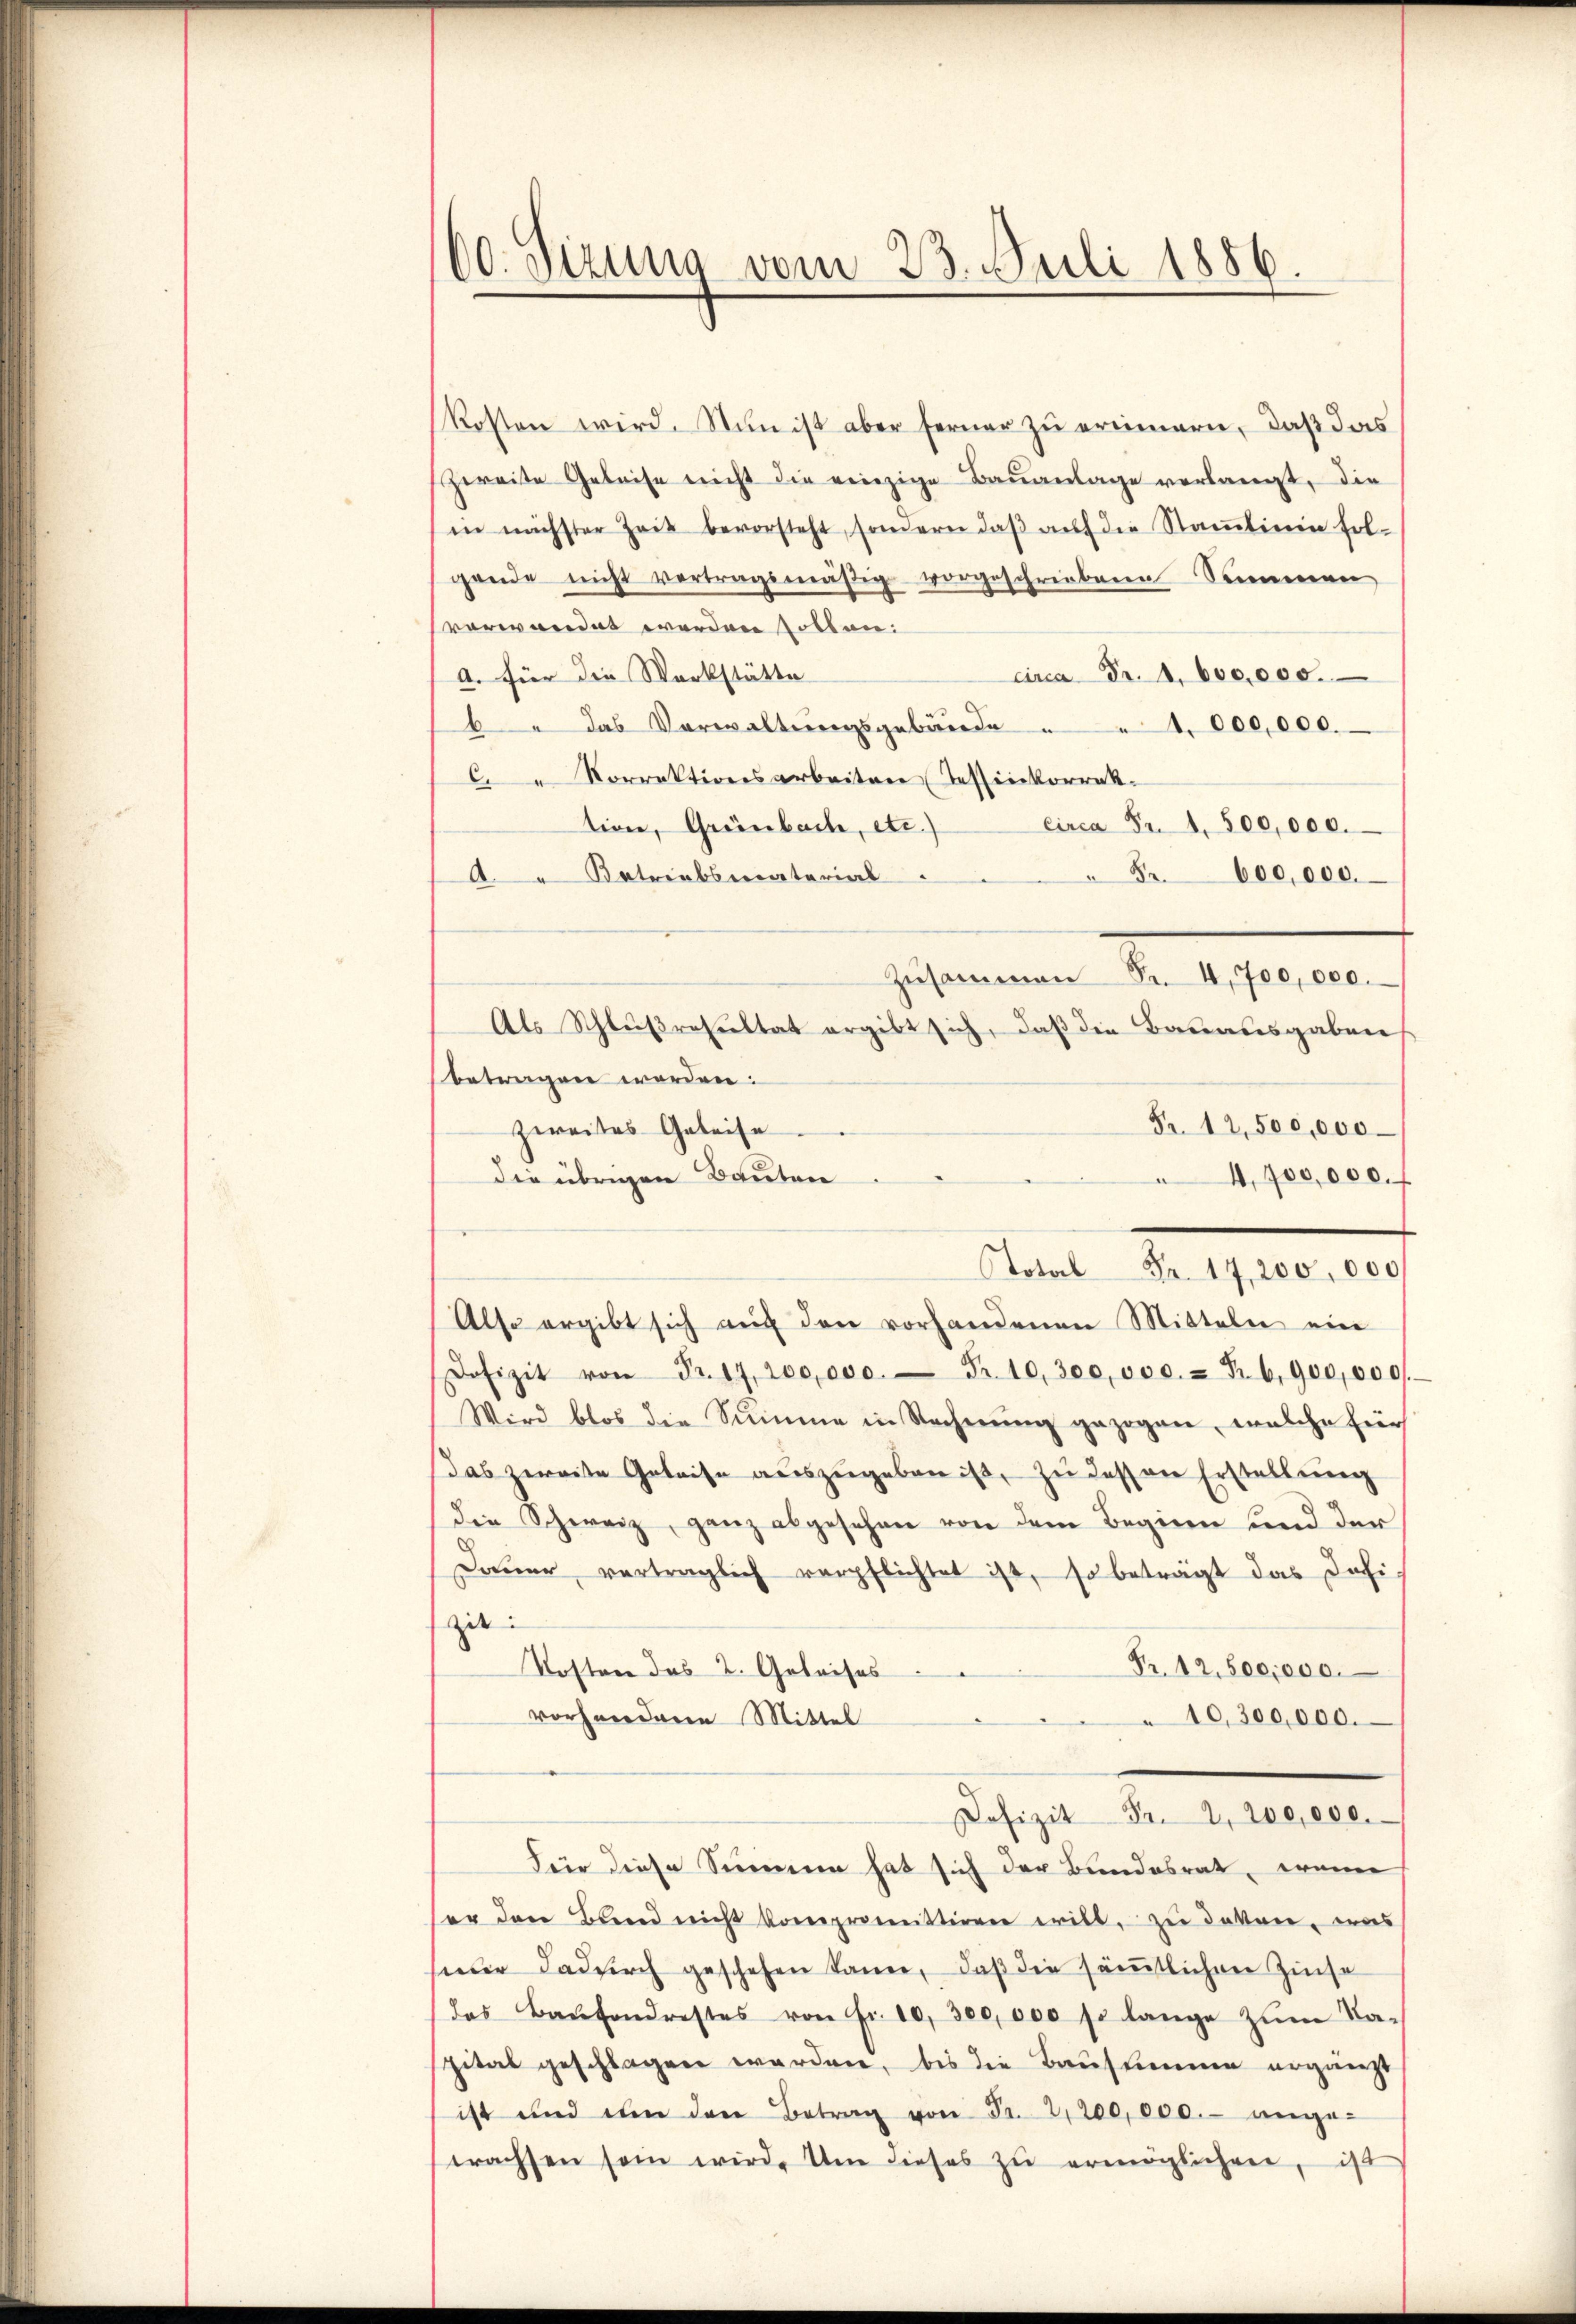
60. Sizung vom 23. Juli 1886.

kosten wird. Nun ist aber ferner zu erinnern, daß das
zweite Geleise nicht die einzige Bauanlage verlangt, die
in nächster Zeit bevorsteht, sondern daβ aŭf die Stammlinie fol-
gende nicht vertragsmäßig vorgeschriebene Stimmen
vorwandet werden sollen:
a. für die Werkstätte
circa Fr. 1. 600,000.
b  das Verwaltŭngsgebäŭde " " 4 000,000.
 Korrektionsarbeiten (Tessinkorrektion, Grünbach, etc.)
circa Fr. 1. 500,000.
A Betriebsmaterial
5r. 600,000.
Zusammen Fr. 4,700,000.
Als Schlußresultat ergibt sich, daß die Bauausgaben
betragen worden:
Fr. 12,500,000.
zweites Geleise
4,700,000. f
die übrigen Bauten
Also ergibt sich auf den vorhandenen Mitteln ein
Dofizit von Fr. 17. 200,000.- Fr. 10,300,000.- Fr. 6.900,000.-
Wird blos die Summe in Rechnŭng gezogen, welche für
das zweite Geleise aŭszŭgeben ist, zu dessen Erstellung
die Schweiz, ganz abgesehen von dem Beginn und der
Daŭer vertraglich verpflichtet ist, so beträgt das Jahi
zit. |
Fr. 12,500,000.
Kosten des 2. Geleises
vorhandere Mittel
10,300,000.
Dofizit Fr. 2, 200,000.
Für diese Simmen hat sich der Bundesrat, wenn
ser den Band nicht kompromittiren will, zu deken, was
sieder dadurch geschehen kann, daß die sämtlichen Zinse
das Baŭfondrestes von Fr. 10, 300,000 so lange zŭm Ba-
spital geschlagen werden, bis die Baustimmen ergänzt
ist und im den Betrag von Fr. 2,200,000.- ange-
trachsen sein wird. Um dieses zŭ ermöglichen, ist

Total Fr. 17,200,000